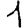
Digit: 1